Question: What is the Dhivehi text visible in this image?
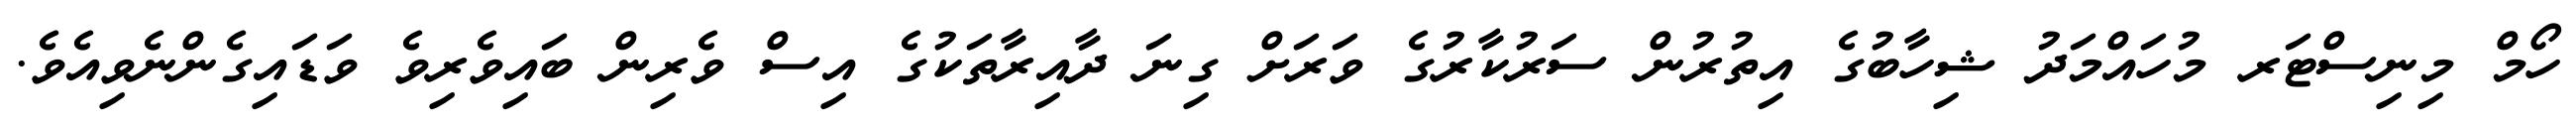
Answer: ހޯމް މިނިސްޓަރ މުހައްމަދު ޝިހާބުގެ އިތުރުން ސަރުކާރުގެ ވަރަށް ގިނަ ދާއިރާތަކުގެ އިސް ވެރިން ބައިވެރިވެ ވަޑައިގެންނެވިއެވެ.